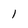
Character: l